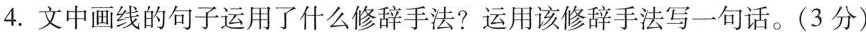
4.文中画线的句子运用了什么修辞手法?运用该修辞手法写一句话。(3分)